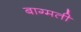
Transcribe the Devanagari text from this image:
बाग्मती